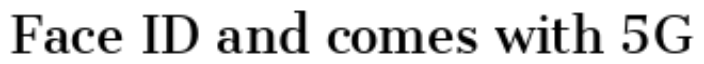
Face ID and comes with 5G